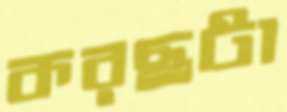
করছটা